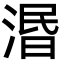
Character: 湣